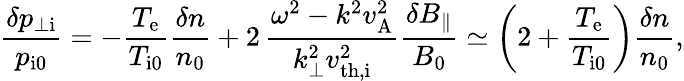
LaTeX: \frac{\delta p_{\perp\mathrm{i}}}{p_{\mathrm{i0}}}=-\frac{T_{\mathrm{e}}}{T_{\mathrm{i0}}}\frac{\delta n}{n_{0}}+2\, \frac{\omega^{2}-k^{2}v_{\mathrm{A}}^{2}}{k_{\perp}^{2}v_{\mathrm{th,i}}^{2}}\frac{\delta B_{\parallel}}{B_{0}}\simeq\biggl(2+\frac{T_{\mathrm{e}}}{T_{\mathrm{i0}}}\biggr)\frac{\delta n}{n_{0}},